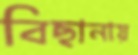
বিছানায়